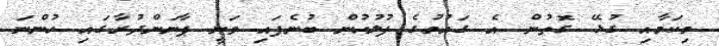
މިކަމާއި ގުޅޭ ގޮތުން އެ ގައުމުގެ ފުލުހުން ބުނެފައި ވަނީ ޕާނަންދުރާގައި ހުންނަ